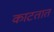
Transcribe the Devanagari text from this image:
काटतात